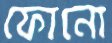
ফোনো